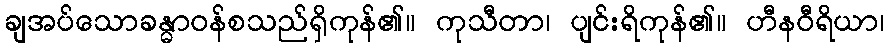
ချအပ်သောခန္ဓာဝန်စသည်ရှိကုန်၏။ ကုသီတာ၊ ပျင်းရိကုန်၏။ ဟီနဝီရိယာ၊